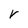
Character: v